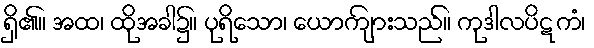
ရှိ၏။ အထ၊ ထိုအခါ၌။ ပုရိသော၊ ယောကျ်ားသည်။ ကုဒါလပိဋကံ၊